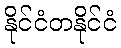
နိုင်ငံတနိုင်ငံ